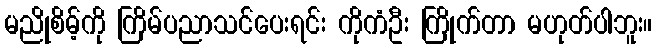
မညိုစိမ့်ကို ကြိမ်ပညာသင်ပေးရင်း ကိုကံဦး ကြိုက်တာ မဟုတ်ပါဘူး။